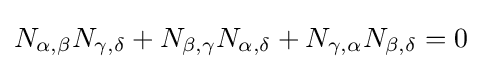
N_{\alpha ,\beta }N_{\gamma ,\delta }+N_{\beta ,\gamma }N_{\alpha ,\delta }+N_{\gamma ,\alpha }N_{\beta ,\delta }=0